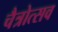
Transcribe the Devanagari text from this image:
चैत्रोत्सव